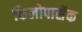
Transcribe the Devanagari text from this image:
किलोपार्सेक